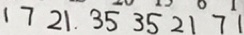
1 7 2 1 . 3 5 3 5 2 1 7 1